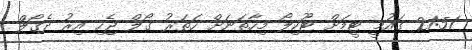
21:51 ގައުމީ ޓީމަށް ޓޫކިލޯ މިހާތަނަށް ހަތަރު ގޯލް ޖެހި އިރު ދެގޯލް